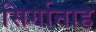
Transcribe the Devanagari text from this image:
सिर्गानाह